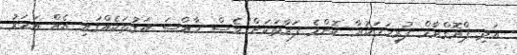
އަދި ޕްރޮގްރާމް ފުރިހަމަކުރާ ކޮންމެ ފަރާތަކަށް ވެސް ހާއްސަ އަގުތަކެއްގައި އެއް އަހަރު